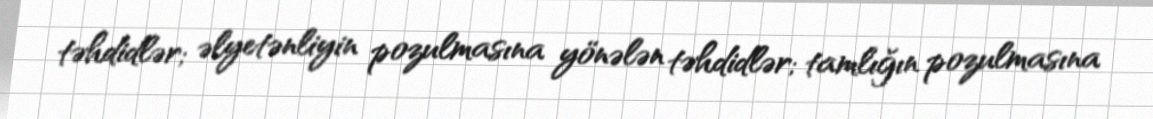
təhdidlər; əlyetənliyin pozulmasına yönələn təhdidlər; tamlığın pozulmasına